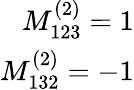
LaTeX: \begin{array}{r}{M_{123}^{(2)}=1}\\ {M_{132}^{(2)}=-1}\end{array}